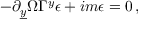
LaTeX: - \partial _ { \underline { { { y } } } } \Omega \Gamma ^ { y } \epsilon + i m \epsilon = 0 \, ,